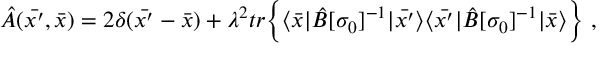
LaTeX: { \hat { A } } ( \bar { x ^ { \prime } } , { \bar { x } } ) = 2 \delta ( \bar { x ^ { \prime } } - { \bar { x } } ) + \lambda ^ { 2 } t r { \Big \{ } \langle \bar { x } | { \hat { B } } [ \sigma _ { 0 } ] ^ { - 1 } | \bar { x ^ { \prime } } \rangle \langle \bar { x ^ { \prime } } | { \hat { B } } [ \sigma _ { 0 } ] ^ { - 1 } | \bar { x } \rangle { \Big \} } \ ,